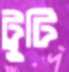
ট্রুটি